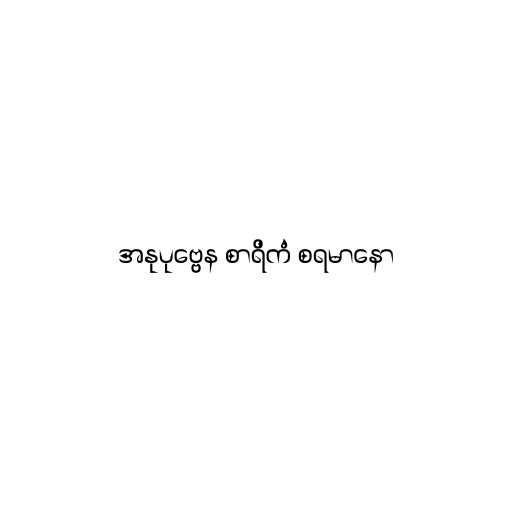
အနုပုဗ္ဗေန စာရိကံ စရမာနော